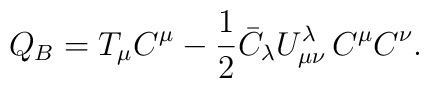
Q_{B} = T_{\mu} C^{\mu} - \frac{1}{2} \bar{C}_{\lambda} U^{\lambda}_{\mu\nu}\, C^{\mu} C^{\nu}.